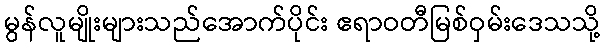
မွန်လူမျိုးများသည်အောက်ပိုင်း ဧရာဝတီမြစ်ဝှမ်းဒေသသို့